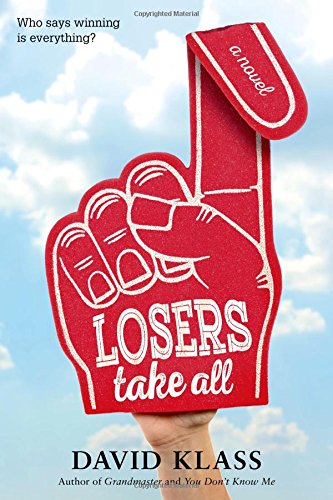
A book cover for Losers Take All; David Klass; Teen & Young Adult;